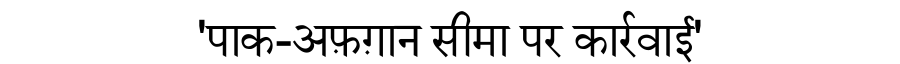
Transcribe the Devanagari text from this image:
'पाक-अफ़ग़ान सीमा पर कार्रवाई'